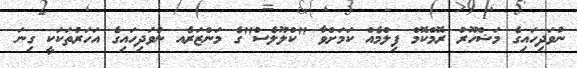
ނުވަދިހައިގެ މަޝްހޫރު ރޮމްކޮމް ފިލްމެއް ކަމަށްވާ "ކްލޫލެސް"ގެ މަންޒަރެއ ނުވަދިހައިގެ އަހަރުތަކަކީ ގިނަ